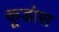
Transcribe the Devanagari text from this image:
कूडोस